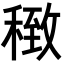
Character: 𥠽